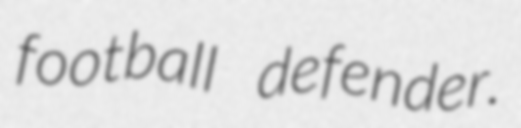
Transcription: football defender.